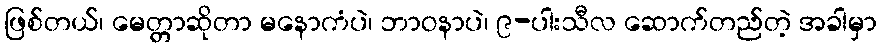
ဖြစ်တယ်၊ မေတ္တာဆိုတာ မနောကံပဲ၊ ဘာဝနာပဲ၊ ၉-ပါးသီလ ဆောက်တည်တဲ့ အခါမှာ